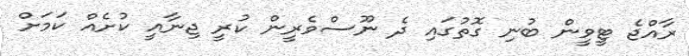
ރާއްޖެ ޓީވީން ބުނި ގޮތުގައި ދެ ނޫސްވެރީން ކުރީ ޖިނާއީ ކުށެއް ކަމަށް